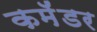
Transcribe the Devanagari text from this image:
कमॅंडर